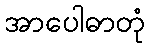
အာပေါဓာတုံ